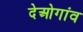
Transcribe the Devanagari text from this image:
देओगांव